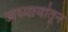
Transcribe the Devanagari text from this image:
अध्यायांतून